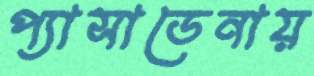
প্যাসাডেনায়